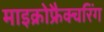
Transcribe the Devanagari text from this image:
माइक्रोफ्रैक्चरिंग